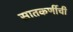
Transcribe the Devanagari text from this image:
सातकर्णीची